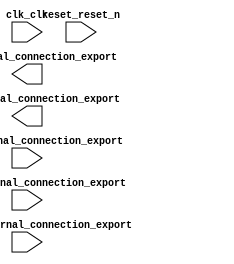
module blinky (
	binary_external_connection_export,
	clk_clk,
	lcd_external_connection_export,
	leds_external_connection_export,
	reset_reset_n,
	start_external_connection_export,
	switches_external_connection_export);	

	input	[1:0]	binary_external_connection_export;
	input		clk_clk;
	output	[11:0]	lcd_external_connection_export;
	output	[1:0]	leds_external_connection_export;
	input		reset_reset_n;
	input		start_external_connection_export;
	input	[2:0]	switches_external_connection_export;
endmodule